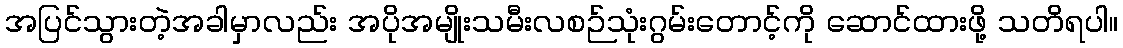
အပြင်သွားတဲ့အခါမှာလည်း အပိုအမျိုးသမီးလစဉ်သုံးဂွမ်းတောင့်ကို ဆောင်ထားဖို့ သတိရပါ။